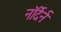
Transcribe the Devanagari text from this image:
नॉर्देर्न